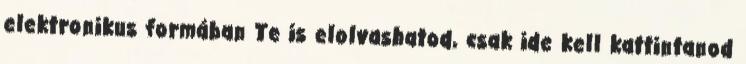
elektronikus formában Te is elolvashatod, csak ide kell kattintanod